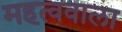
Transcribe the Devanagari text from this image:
महत्ववाला